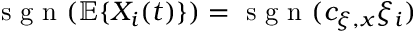
\textup { s g n } ( \mathbb { E } \{ X _ { i } ( t ) \} ) = \textup { s g n } ( c _ { \xi , x } \xi _ { i } )